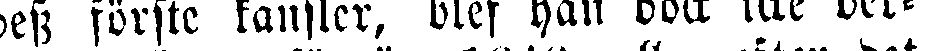
dess förste kansler, blef han dock icke der-